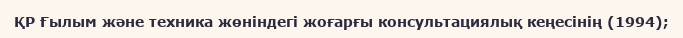
ҚР Ғылым және техника жөніндегі жоғарғы консультациялық кеңесінің (1994);